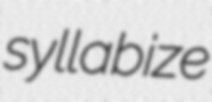
syllabize